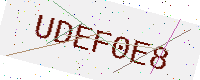
Text: UDEF0E8